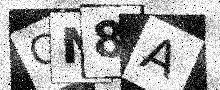
Text: CN8A